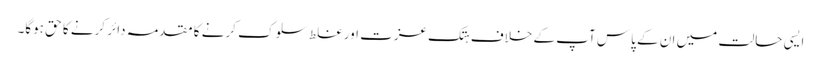
ایسی حالت میں ان کے پاس آپ کے خلاف ہتک عزت اور غلط سلوک کرنے کا مقدمہ دائر کرنے کا حق ہوگا۔